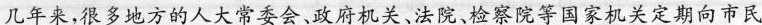
几年来，很多地方的人大常委会、政府机关、法院、检察院等国家机关定期向市民